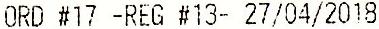
ORD #17 -REG #13- 27/04/2018